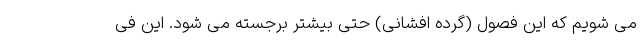
می شویم که این فصول (گرده افشانی) حتی بیشتر برجسته می شود. این فی